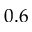
0 . 6